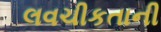
લવચીકતાની